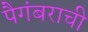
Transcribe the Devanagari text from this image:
पैगंबराची